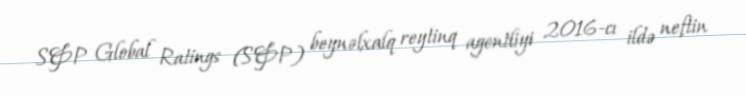
S&P Global Ratings (S&P) beynəlxalq reytinq agentliyi 2016-cı ildə neftin